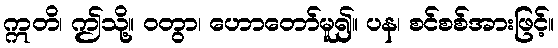
ဣတိ၊ ဤသို့။ ဝတွာ၊ ဟောတော်မူ၍။ ပန၊ စင်စစ်အားဖြင့်။